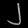
Digit: ၂